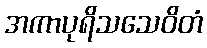
အကာပုရိသသေဝိတံ